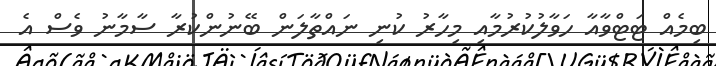
ބިމެއް ޓަޓްވާއާ ހަވާލުކުރުމާއި މިހާރު ކުނި ނައްތާލަން ބޭނުންކުރާ ސާމާނު ވެސް އެ